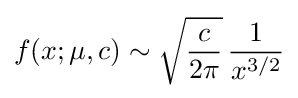
f(x;\mu ,c)\sim {\sqrt {\frac {c}{2\pi }}}\,{\frac {1}{x^{3/2}}}